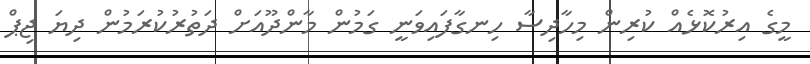
މީގެ އިރުކޮޅެއް ކުރިން މިހާދިސާ ހިނގާފައިވަނީ ގަމުން މާންދޫއަށް ދަތުރުކުރަމުން ދިޔަ ޖިޕް